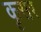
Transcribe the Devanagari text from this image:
कृसर